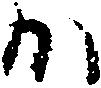
か